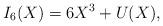
LaTeX: \begin{align*}I_6(X)=6X^3+U(X),\end{align*}